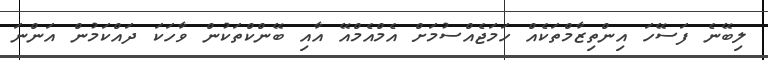
ލިބޭނެ ފަސޭހަ އިންތިޒާމްތަކެއް ހަމަޖެއްސުމަށް އެމްއެމްއޭ އާއި ބޭންކްތަކުން ވާހަކަ ދައްކަމުން އަންނަ